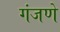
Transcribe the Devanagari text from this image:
गंजणे